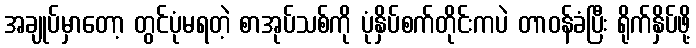
အချုပ်မှာတော့ တွင်ပုံမရတဲ့ စာအုပ်သစ်ကို ပုံနှိပ်စက်တိုင်းကပဲ တာဝန်ခံပြီး ရိုက်နှိပ်ဖို့